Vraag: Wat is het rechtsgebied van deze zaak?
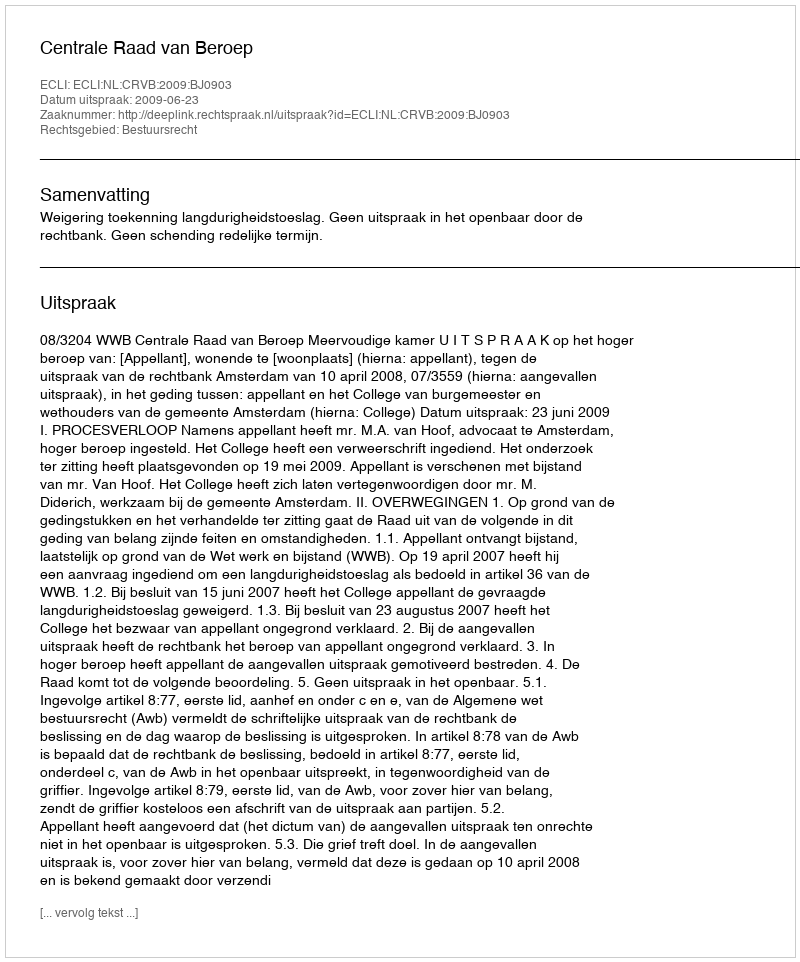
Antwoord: Bestuursrecht